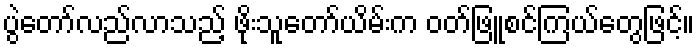
ပွဲတော်လည်လာသည့် ဖိုးသူတော်ယိမ်းက ဝတ်ဖြူစင်ကြယ်တွေဖြင့်။